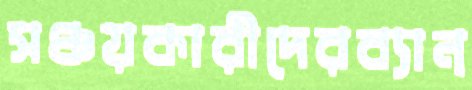
সঞ্চয়কারীদেরব্যান্